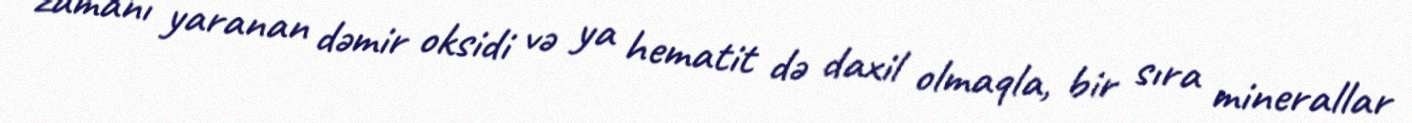
zamanı yaranan dəmir oksidi və ya hematit də daxil olmaqla, bir sıra minerallar